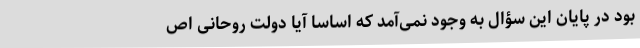
بود در پایان این سؤال به وجود نمی‌آمد که اساسا آیا دولت روحانی اص